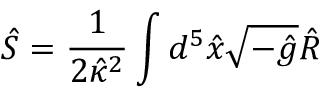
\hat { S } = \frac { 1 } { 2 \hat { \kappa } { } ^ { 2 } } \int d ^ { 5 } \hat { x } \sqrt { - \hat { g } } \hat { R }